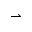
\rightharpoonup